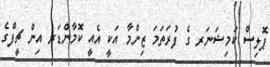
ޕޮލިސް ކަމިޝަނަރ ގެ ފުރަތަމަ ޒިންމާ އަކީ އެއީ ކޮމާންޑަރ އިން ޗީފްގެ